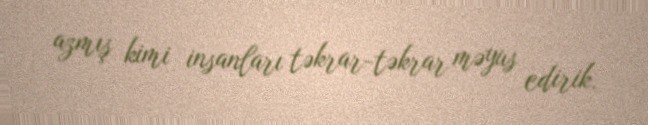
azmış kimi insanları təkrar-təkrar məyus edirik.